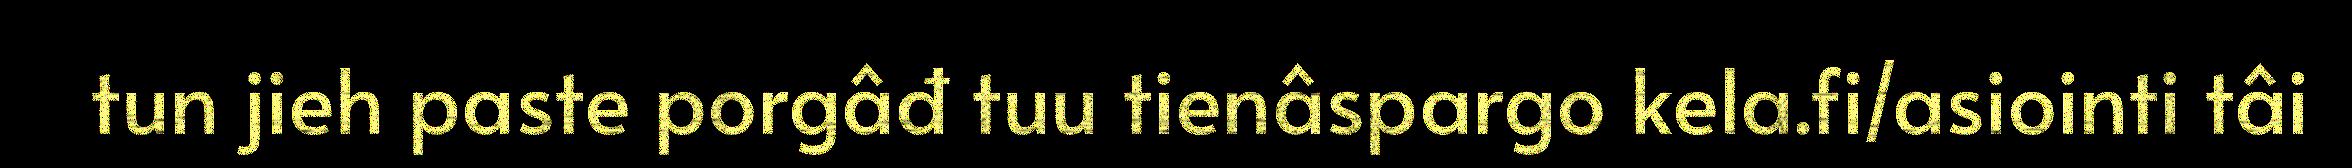
tun jieh paste porgâđ tuu tienâspargo kela.fi/asiointi tâi